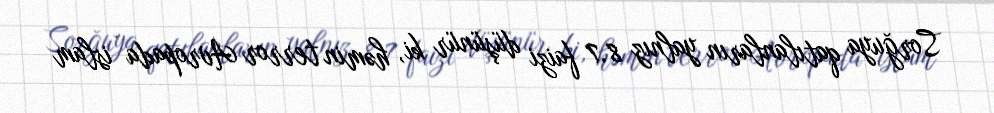
Sorğuya qatılanların yalnız 8.7 faizi düşünür ki, həmin terror Avropada islam